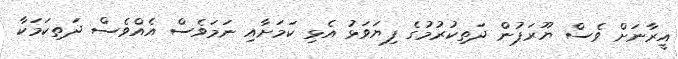
އީރާނަށް ވެސް ޔޫރަޕުން ދަތިކުރުމުގެ ފިޔަވަޅު އެޅި ކަމަށާއި ނަމަވެސް އެއްވެސް ދަތިކަމަކާ